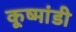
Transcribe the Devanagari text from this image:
कूष्मांडी